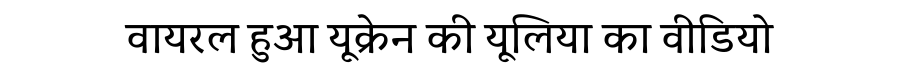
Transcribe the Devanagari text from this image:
वायरल हुआ यूक्रेन की यूलिया का वीडियो